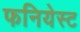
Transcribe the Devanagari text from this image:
फनियेस्ट